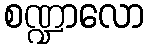
စဏ္ဍာလော